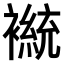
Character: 𫌒